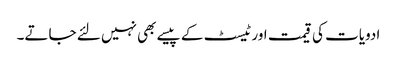
ادویات کی قیمت اور ٹیسٹ کے پیسے بھی نہیں لئے جاتے۔